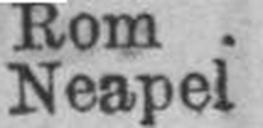
Neapel